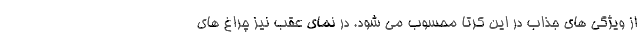
از ویژگی های جذاب در این کرتا محسوب می شود. در نمای عقب نیز چراغ های